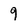
Character: 9